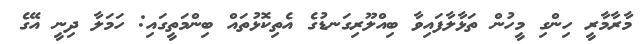
މާރާމާރީ ހިންގި މީހުން ތަޅާލާފައިވާ ބިއްލޫރިގަނޑުގެ އެތިކޮޅުތައް ބިންމަތީގައި: ހަމަލާ ދިނީ އޭގެ